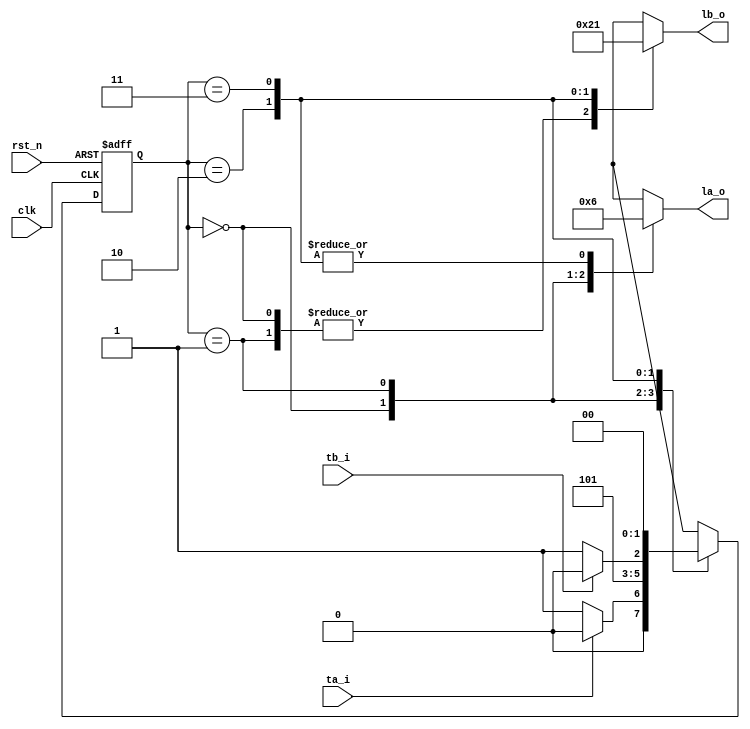
// This program was cloned from: https://github.com/mbaykenar/digital-logic-design
// License: Apache License 2.0

`timescale 1ns / 1ps
//////////////////////////////////////////////////////////////////////////////////
// Company: 
// Engineer: 
// 
// Design Name: 
// Module Name: fsm_ornek4
// Project Name: 
// Target Devices: 
// Tool Versions: 
// Description: 
// 
// Dependencies: 
// 
// Revision:
// Revision 0.01 - File Created
// Additional Comments:
// 
//////////////////////////////////////////////////////////////////////////////////


module fsm_ornek4
(
input clk,
input rst_n,
input ta_i,
input tb_i,
output [1:0] la_o,
output [1:0] lb_o
);

localparam S0  = 2'b00;
localparam S1  = 2'b01;
localparam S2  = 2'b10;
localparam S3  = 2'b11;

localparam green    = 2'b00;
localparam yellow   = 2'b01;
localparam red      = 2'b10;

reg [1:0] la,lb;
reg [1:0] state;

always @(posedge clk, negedge rst_n) begin
    if (rst_n == 1'b0) begin
        state <= S0;
    end
    else begin
        case (state)
            S0 : begin
                if (ta_i == 1'b1) begin
                    state <= S0;
                end
                else begin
                    state <= S1;
                end
            end 
            S1 : begin
                state <= S2;             
            end
            S2 : begin
                if (tb_i == 1'b0) begin
                    state <= S3;
                end
                else begin
                    state <= S2;
                end
            end
            S3 : begin
                state <= S0; 
            end                         
            default: begin
                state <= S0;
            end
        endcase
    end
end

always@(*) begin
    case (state)
        S0 : begin
            la = green;
            lb = red;
        end 
        S1 : begin
            la = yellow;
            lb = red;
        end
        S2 : begin
            la = red;
            lb = green;
        end
        S3 : begin
            la = red;
            lb = yellow;
        end             
        default: begin
            la = green;
            lb = red;
        end
    endcase
end

assign la_o = la;
assign lb_o = lb;

endmodule